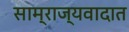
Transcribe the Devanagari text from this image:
साम्राज्यवादात